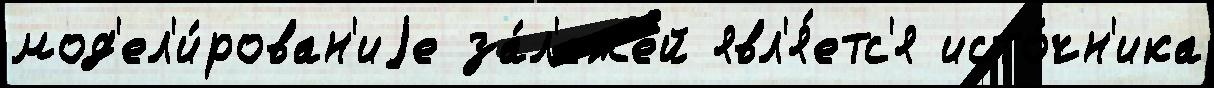
мод'ел'и́рован'иjе за́л'ежей явл'я́етс'я исто́чн'ика